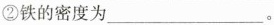
②铁的密度为___。